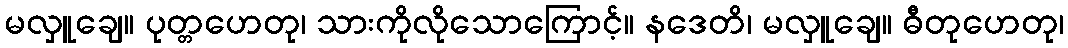
မလှူချေ။ ပုတ္တဟေတု၊ သားကိုလိုသောကြောင့်။ နဒေတိ၊ မလှူချေ။ ဓီတုဟေတု၊